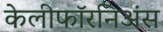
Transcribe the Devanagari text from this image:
केलीफॉरनिअंस